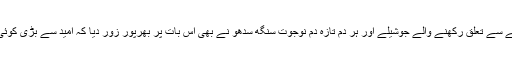
تو دوسری جانب پٹیالے سے تعلق رکھنے والے جوشیلے اور ہر دم تازہ دم نوجوت سنگھ سدھو نے بھی اس بات پر بھرپور زور دیا کہ امید سے بڑی کوئی توپ نہیں ہوا کرتی ۔